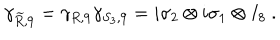
\gamma _ { { \widetilde R } , 9 } = \gamma _ { R , 9 } \gamma _ { S _ { 3 } , 9 } = i \sigma _ { 2 } \otimes i \sigma _ { 1 } \otimes I _ { 8 } ~ .